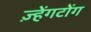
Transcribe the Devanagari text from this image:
ज़्हेंगटोंग